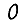
Digit: 0